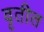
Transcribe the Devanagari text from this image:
वृतीत